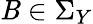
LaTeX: \mathit{B}\in\Sigma_{Y}